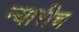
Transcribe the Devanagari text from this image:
न्यारीच